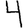
Digit: 4